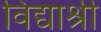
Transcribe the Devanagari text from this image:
विद्याश्री